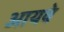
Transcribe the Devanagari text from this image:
आयवे